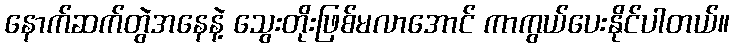
နောက်ဆက်တွဲအနေနဲ့ သွေးတိုးဖြစ်မလာအောင် ကာကွယ်ပေးနိုင်ပါတယ်။